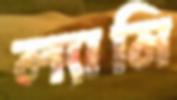
ল্যামি